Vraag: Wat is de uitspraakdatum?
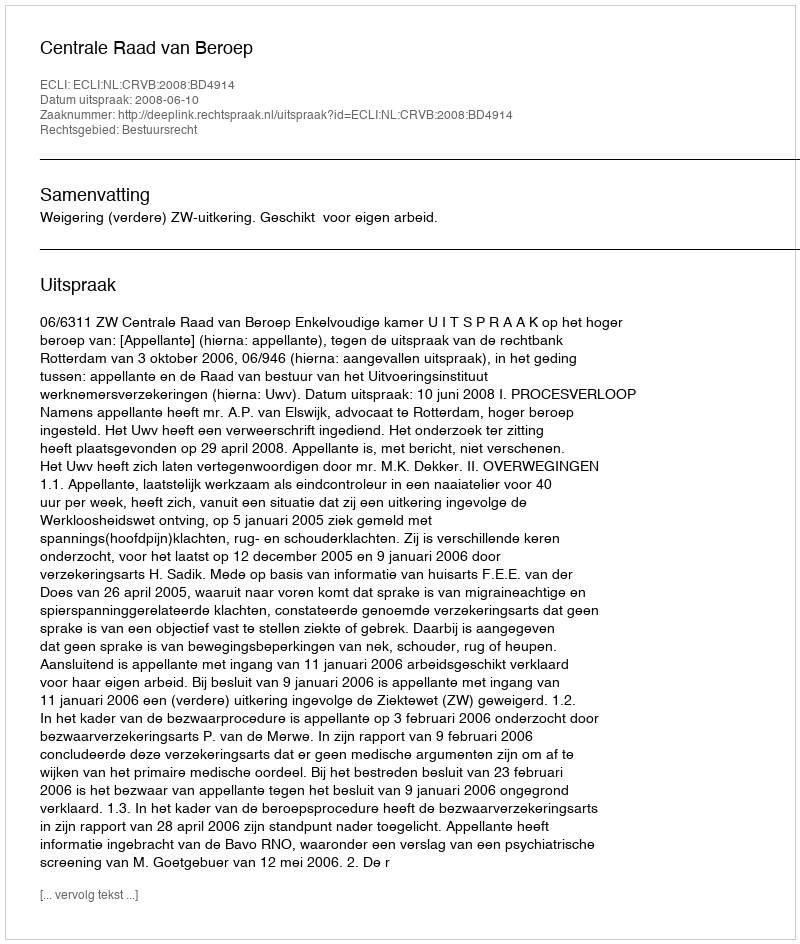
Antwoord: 2008-06-10